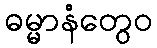
ဓမ္မာနံတွေဝ